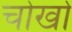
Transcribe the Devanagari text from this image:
चोखो